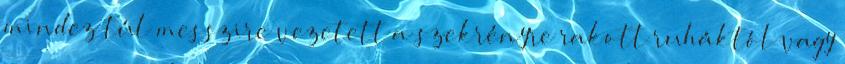
mindez túl messzire vezetett a szekrényre rakott ruháktól vagy